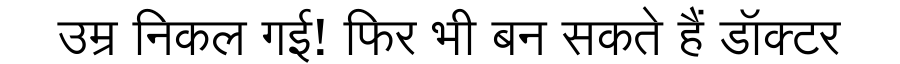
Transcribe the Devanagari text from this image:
उम्र निकल गई! फिर भी बन सकते हैं डॉक्टर